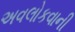
અવલોકવાની